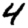
Digit: 4